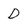
Character: D